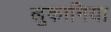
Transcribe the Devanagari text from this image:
लुकानिया